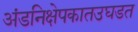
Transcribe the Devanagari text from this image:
अंडनिक्षेपकातउघडत